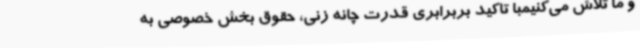
و ما تلاش می‌کنیمبا تاکید بربرابری قدرت چانه زنی، حقوق بخش خصوصی به